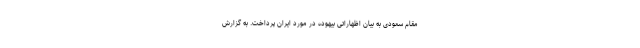
مقام سعودی به بیان اظهاراتی بیهوده در مورد ایران پرداخت. به گزارش